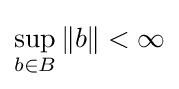
\sup _{b\in B}\|b\|<\infty